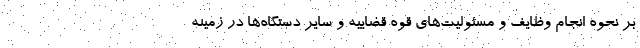
بر نحوه انجام وظایف و مسئولیت‌های قوه قضاییه و سایر دستگاه‌ها در زمینه